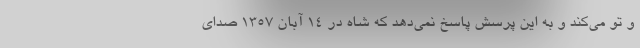
و تو می‌کند و به این پرسش پاسخ نمی‌دهد که شاه در 14 آبان 1357 صدای